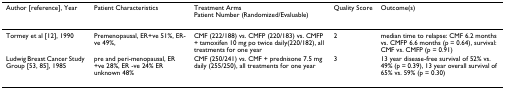
<table><thead><tr><td><b>Author [reference], Year</b></td><td><b>Patient Characteristics</b></td><td><b>Treatment ArmsPatient Number (Randomized/Evaluable)</b></td><td><b>Quality Score</b></td><td><b>Outcome(s)</b></td></tr></thead><tbody><tr><td>Tormey et al [12], 1990</td><td>Premenopausal, ER+ve 51%, ER-ve 49%,</td><td>CMF (222/188) vs. CMFP (220/183) vs. CMFP + tamoxifen 10 mg po twice daily(220/182), all treatments for one year</td><td>2</td><td>median time to relapse: CMF 6.2 months vs. CMFP 6.6 months (p = 0.64), survival: CMF vs. CMFP (p = 0.91)</td></tr><tr><td>Ludwig Breast Cancer Study Group [53, 85], 1985</td><td>pre and peri-menopausal, ER +ve 28%, ER -ve 24% ER unknown 48%</td><td>CMF (250/241) vs. CMF + prednisone 7.5 mg daily (255/250), all treatments for one year</td><td>3</td><td>13 year disease-free survival of 52% vs. 49% (p = 0.39), 13 year overall survival of 65% vs. 59% (p = 0.30)</td></tr></tbody></table>